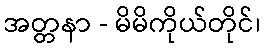
အတ္တနာ - မိမိကိုယ်တိုင်၊